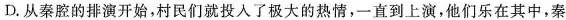
D.从秦腔的排演开始,村民们就投入了极大的热情，一直到上演,他们乐在其中，秦